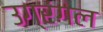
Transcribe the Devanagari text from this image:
उग्रंंगल